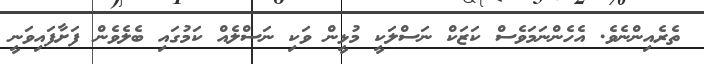
ތެރެއިންނެވެ. އެހެންނަމަވެސް ކަޒަކް ނަސްލަކީ މުޅީން ވަކި ނަސްލެއް ކަމުގައި ބެލެވެން ފަށާފައިވަނީ